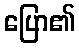
ပြော၏